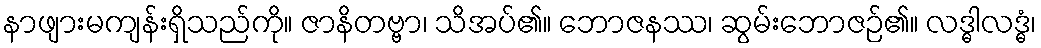
နာဖျားမကျန်းရှိသည်ကို။ ဇာနိတဗ္ဗာ၊ သိအပ်၏။ ဘောဇနဿ၊ ဆွမ်းဘောဇဉ်၏။ လဒ္ဓါလဒ္ဓံ၊